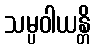
သမ္ပဝါယန္တိ